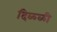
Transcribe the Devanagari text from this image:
दिळ्ळी